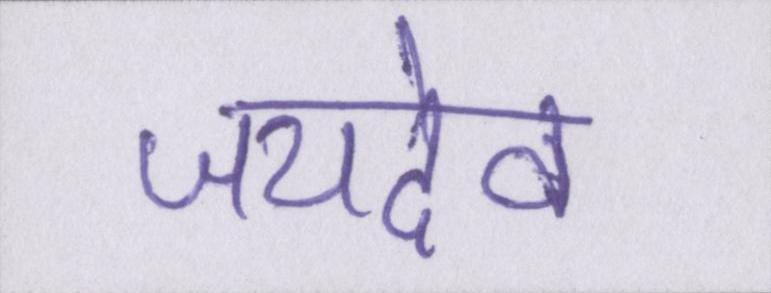
जयदेव